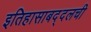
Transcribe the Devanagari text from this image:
इतिहासाबद्दलची